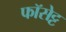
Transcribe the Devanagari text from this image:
फॉसेट्ट